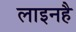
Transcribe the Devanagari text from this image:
लाइनहै